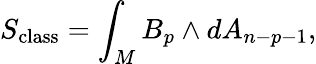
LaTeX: S_{\mathrm{class}}=\int_{M}B_{p}\wedge dA_{n-p-1},